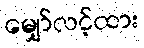
မျှော်လင့်ထား